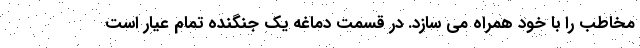
مخاطب را با خود همراه می سازد. در قسمت دماغه یک جنگنده تمام عیار است